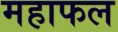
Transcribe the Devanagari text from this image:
महाफल